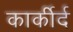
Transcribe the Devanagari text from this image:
कार्कीर्द